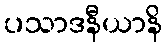
ပသာဒနီယာနိ